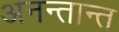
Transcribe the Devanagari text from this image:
अनन्तान्त